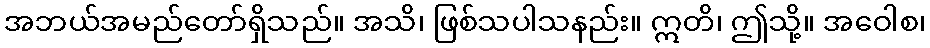
အဘယ်အမည်တော်ရှိသည်။ အသိ၊ ဖြစ်သပါသနည်း။ ဣတိ၊ ဤသို့။ အဝေါစ၊